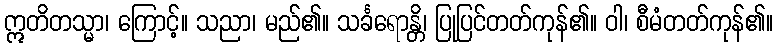
ဣတိတသ္မာ၊ ကြောင့်။ သညာ၊ မည်၏။ သင်္ခရောန္တိ၊ ပြုပြင်တတ်ကုန်၏။ ဝါ၊ စီမံတတ်ကုန်၏။